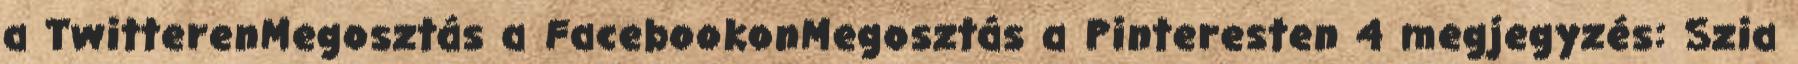
a TwitterenMegosztás a FacebookonMegosztás a Pinteresten 4 megjegyzés: Szia